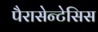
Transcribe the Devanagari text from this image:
पैरासेन्टेसिस